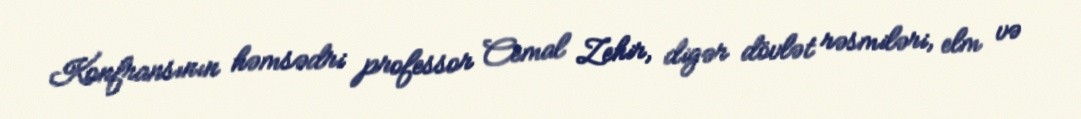
Konfransının həmsədri professor Cemal Zehir, digər dövlət rəsmiləri, elm və